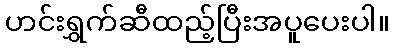
ဟင်းရွှက်ဆီထည့်ပြီးအပူပေးပါ။